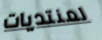
لمنتديات